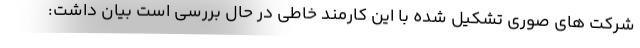
شرکت های صوری تشکیل شده با این کارمند خاطی در حال بررسی است بیان داشت: